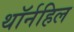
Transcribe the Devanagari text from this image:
थॉर्नहिल